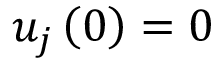
u _ { j } \left( 0 \right) = 0